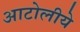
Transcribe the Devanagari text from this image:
आटोलीये